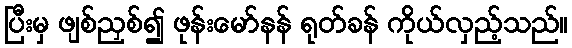
ပြီးမှ ဖျစ်ညှစ်၍ ဖုန်းမော်နန် ရုတ်ခန် ကိုယ်လှည့်သည်။